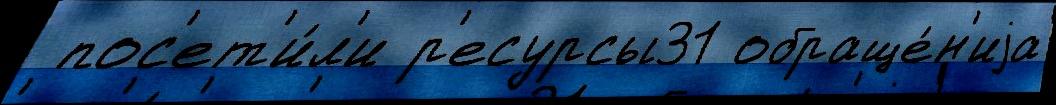
 пос'ет'и́л'и р'есурсы31 обраще́н'иjа